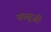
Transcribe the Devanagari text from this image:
सासूजी